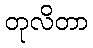
တုလိတာ